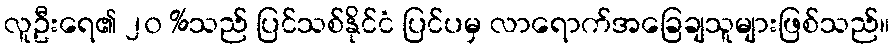
လူဦးရေ၏ ၂၀ %သည် ပြင်သစ်နိုင်ငံ ပြင်ပမှ လာရောက်အခြေချသူများဖြစ်သည်။